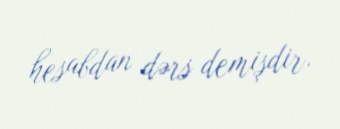
hesabdan dərs demişdir.